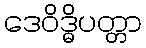
ဒေဝိဒ္ဓိပတ္တာ